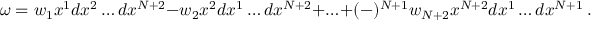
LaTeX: \omega = w _ { 1 } x ^ { 1 } d x ^ { 2 } \ldots d x ^ { N + 2 } - w _ { 2 } x ^ { 2 } d x ^ { 1 } \ldots d x ^ { N + 2 } + \ldots + ( - ) ^ { N + 1 } w _ { N + 2 } x ^ { N + 2 } d x ^ { 1 } \ldots d x ^ { N + 1 } ~ .